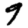
Digit: 9